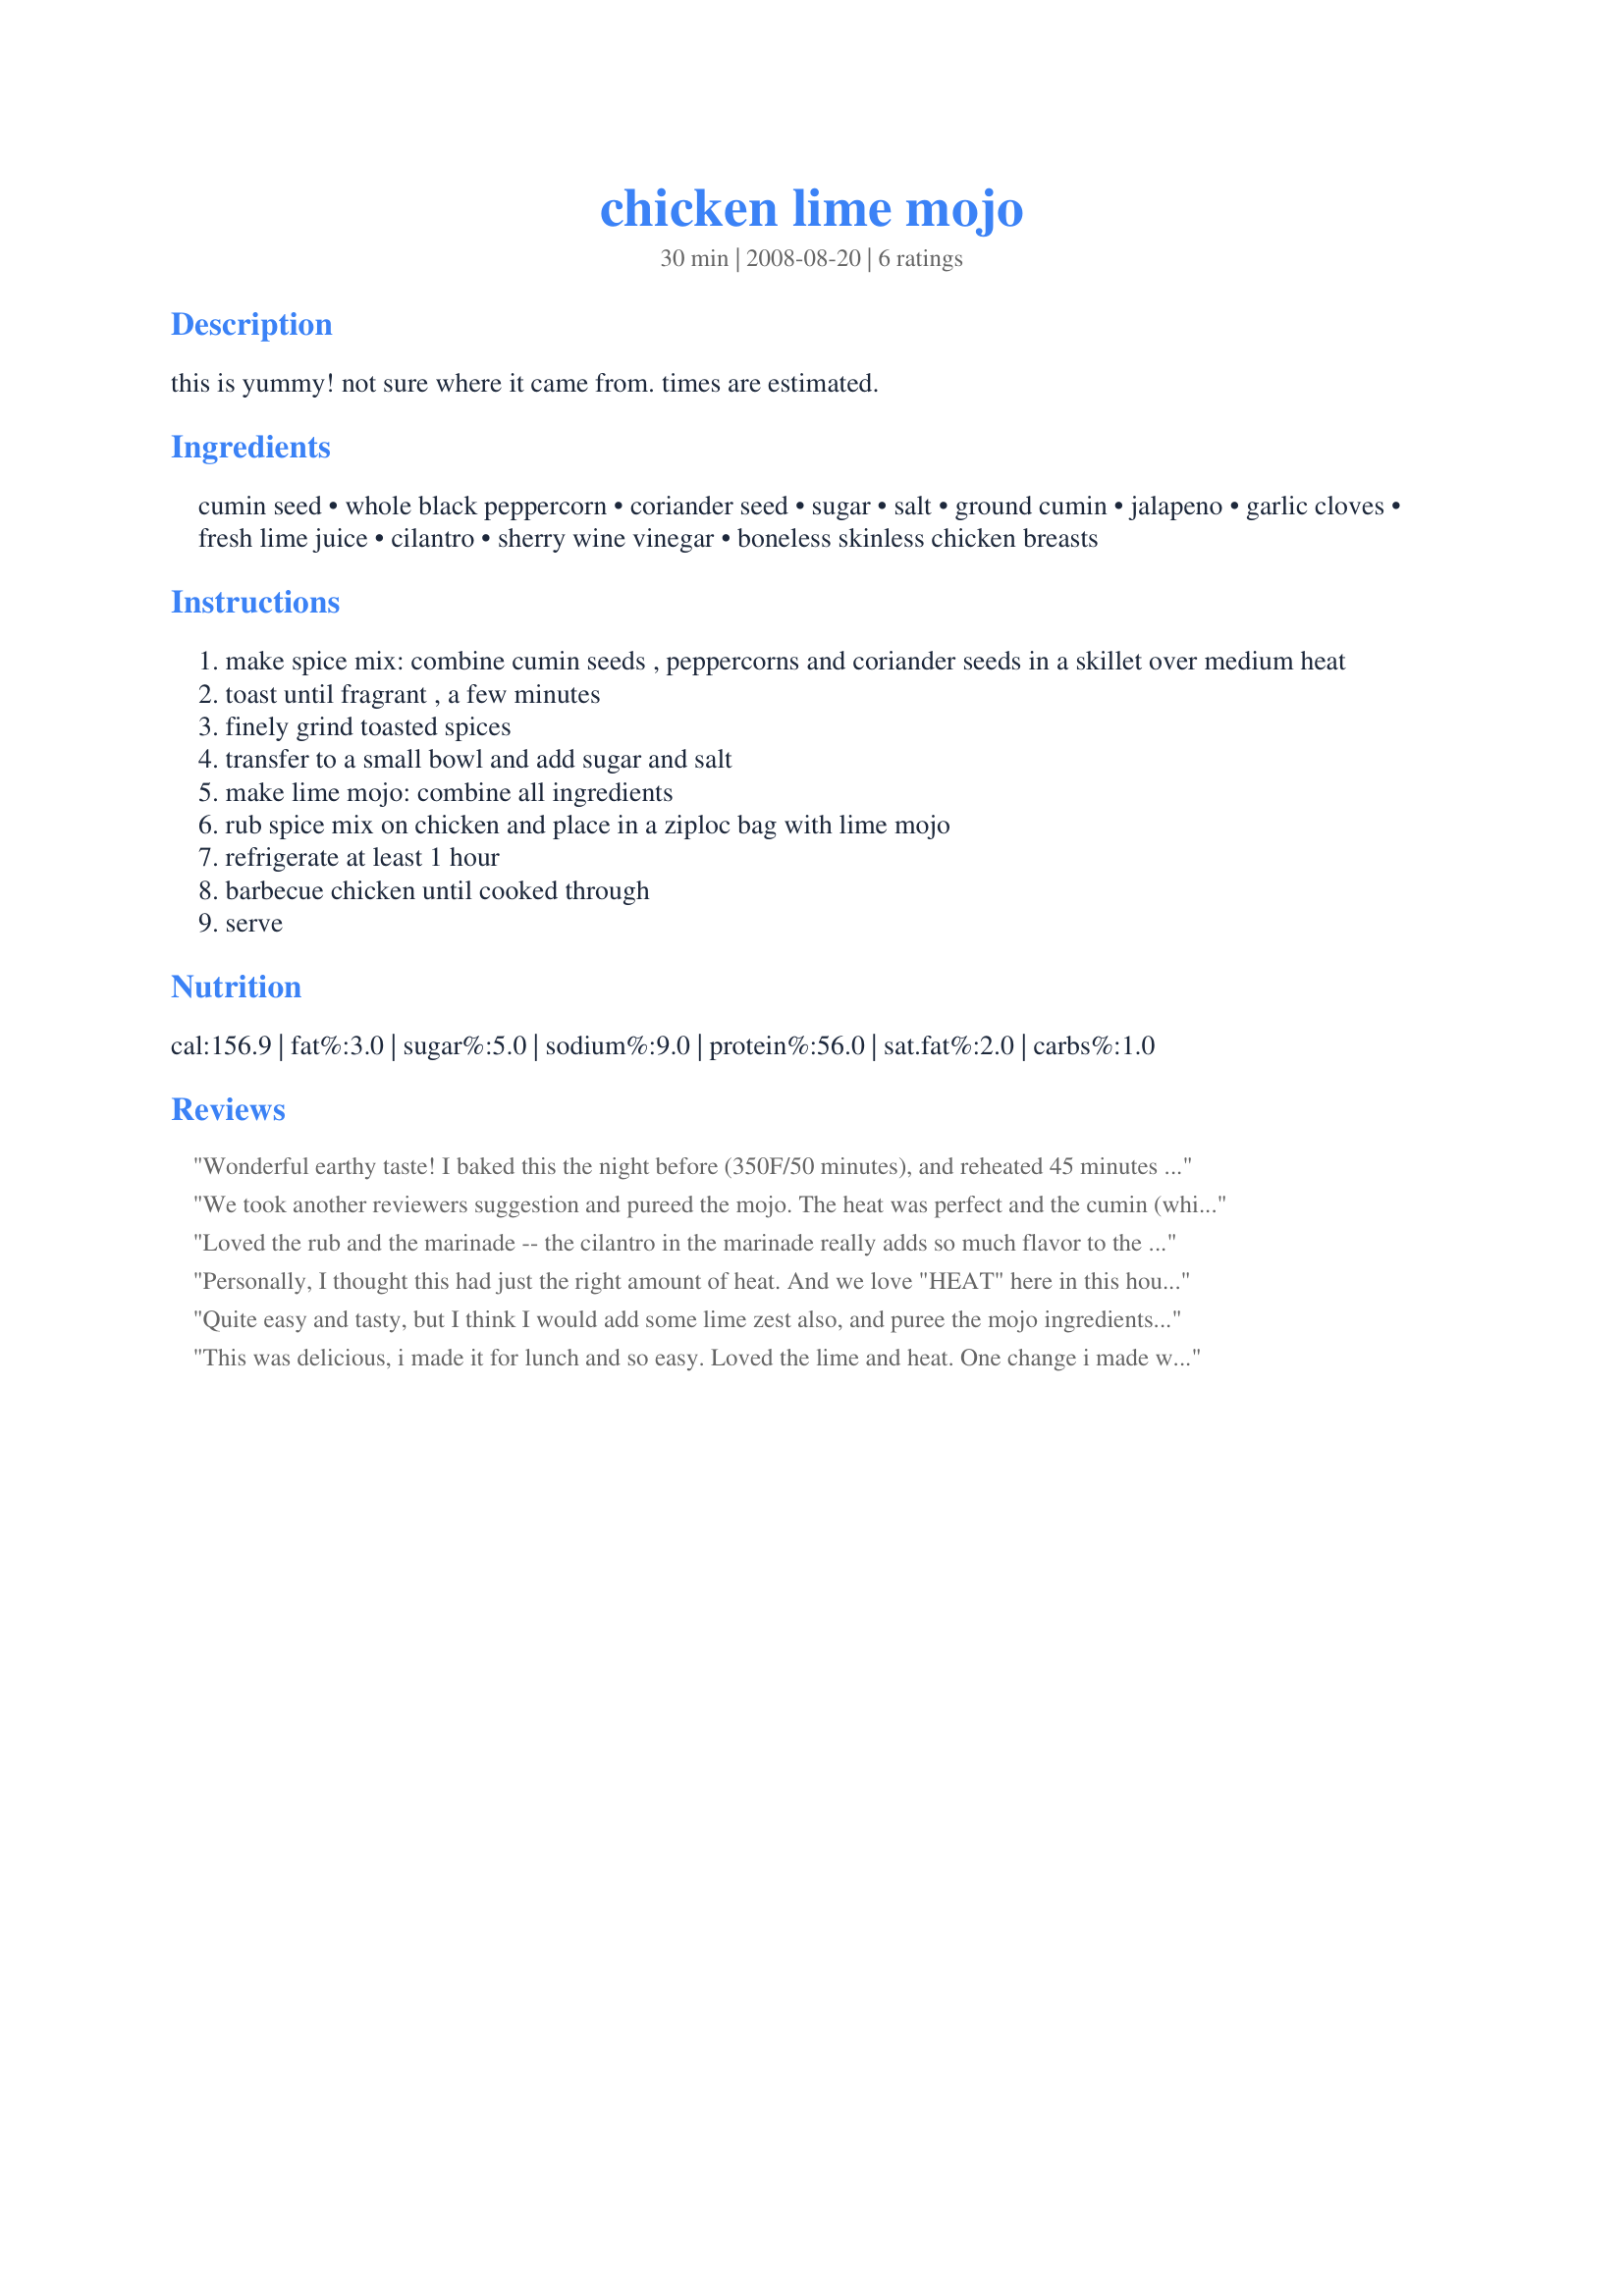
chicken lime mojo
Preparation time: 30 minutes

this is yummy! not sure where it came from. times are estimated.

Ingredients:
cumin seed, whole black peppercorn, coriander seed, sugar, salt, ground cumin, jalapeno, garlic cloves, fresh lime juice, cilantro, sherry wine vinegar, boneless skinless chicken breasts

Steps:
make spice mix: combine cumin seeds , peppercorns and coriander seeds in a skillet over medium heat
toast until fragrant , a few minutes
finely grind toasted spices
transfer to a small bowl and add sugar and salt
make lime mojo: combine all ingredients
rub spice mix on chicken and place in a ziploc bag with lime mojo
refrigerate at least 1 hour
barbecue chicken until cooked through
serve

Reviews:
Wonderful earthy taste! I baked this the night before (350F/50 minutes), and reheated 45 minutes at 250F, and served it with fried rice.
We took another reviewers suggestion and pureed the mojo. The heat was perfect and the cumin (which we love), comes thru nicely. We baked it and served it with steamed rice for a wonderful and healthy Lite-Bleu meal. Thanks again Maito, for a really nice recipe.
Loved the rub and the marinade -- the cilantro in the marinade really adds so much flavor to the chicken. I cut the chicken breasts in half so they would take less time on the grill. That means that I have chicken leftover for a nice chicken-avocado sandwich tomorrow.
Personally, I thought this had just the right amount of heat. And we love "HEAT" here in this house. I cooked it on the grill and let it marinate for 1 hour. You can really taste the cumin so if you are not a fan, cut the amount down or don't make this. :) Very juicy chicken. Thanks for posting.
Quite easy and tasty, but I think I would add some lime zest also, and puree the mojo ingredients in my mini-processor so that a little more of the jalapeno flavor would come through. I cooked the chicken on the Foreman, but I think the bbq would be better so you get some smoke. Will do that next time, and may try the mix on some salmon! Thanks for sharing.
This was delicious, i made it for lunch and so easy. Loved the lime and heat. One change i made was subbing Dar Jeerah powder for the coriander and cumin seed which i did not have. Dar Jeerah is a fabulous indian spice 2 to 1 mix of ground cumin to coriander. Makes life easy when both are called for.

Oh and bc its freezing here, i made this in the skillet then added a half tablespoon of butter and a couple of tablespoons of water to the left over pan and made a little sauce with the marinade.
